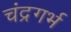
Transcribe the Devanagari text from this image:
चंद्रगर्भ